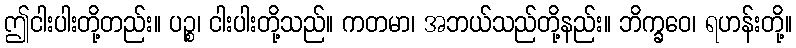
ဤငါးပါးတို့တည်း။ ပဉ္စ၊ ငါးပါးတို့သည်။ ကတမာ၊ အဘယ်သည်တို့နည်း။ ဘိက္ခဝေ၊ ရဟန်းတို့။